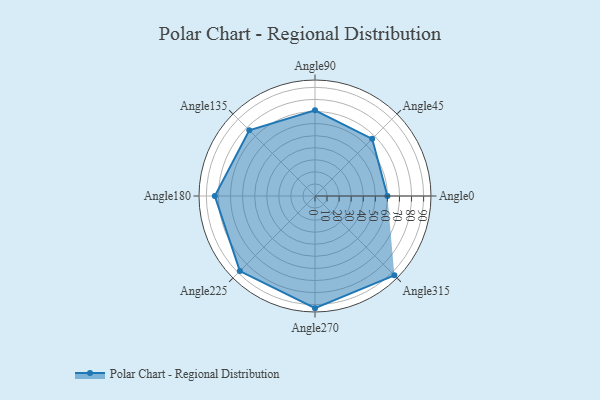
{"axis": {"x": "Angle", "y": "Radius"}, "legend": [""], "data": [{"x": "Angle0", "y": 60.0, "type": ""}, {"x": "Angle45", "y": 67.0, "type": ""}, {"x": "Angle90", "y": 71.0, "type": ""}, {"x": "Angle135", "y": 77.0, "type": ""}, {"x": "Angle180", "y": 83.0, "type": ""}, {"x": "Angle225", "y": 88.0, "type": ""}, {"x": "Angle270", "y": 93.0, "type": ""}, {"x": "Angle315", "y": 93.0, "type": ""}]}